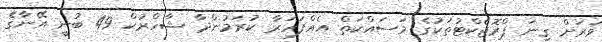
ވަރަށް ގިނަ ޕްރޮޖެކްޓުތަކުގެ މަސައްކަތް އެއްފަހަރާ ކުރަމުންދާ ޝާހްރުކް 49 ބުނީ އޭނާގެ